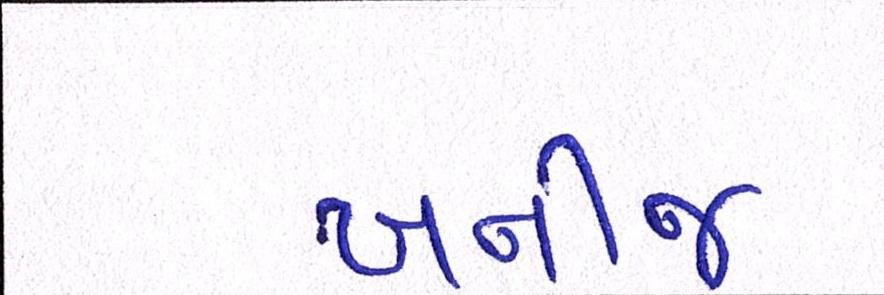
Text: ખનીજ